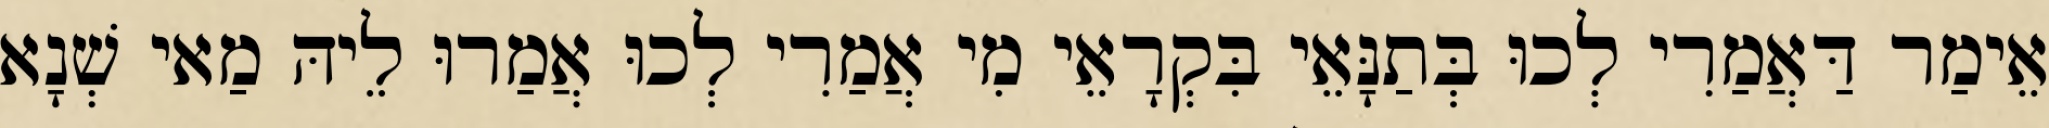
אֵימַר דַּאֲמַרִי לְכוּ בְּתַנָּאֵי בִּקְרָאֵי מִי אֲמַרִי לְכוּ אֲמַרוּ לֵיהּ מַאי שְׁנָא